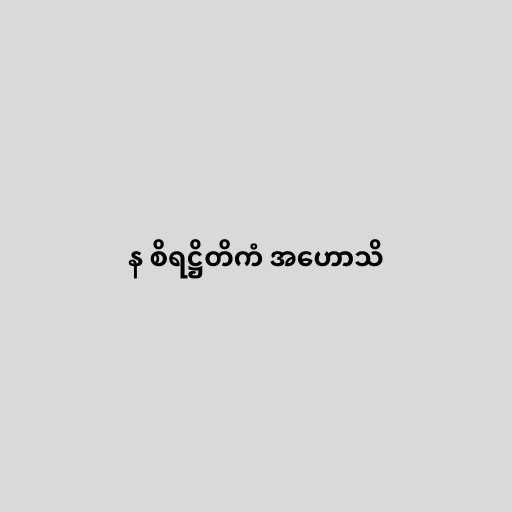
န စိရဋ္ဌိတိကံ အဟောသိ